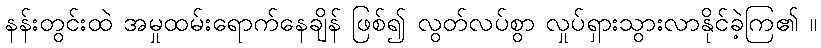
နန်းတွင်းထဲ အမှုထမ်းရောက်နေချိန် ဖြစ်၍ လွတ်လပ်စွာ လှုပ်ရှားသွားလာနိုင်ခဲ့ကြ၏ ။